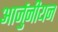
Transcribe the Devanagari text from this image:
आर्जुनीयन